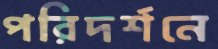
পরিদর্শনে